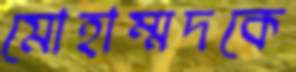
মোহাম্মদকে